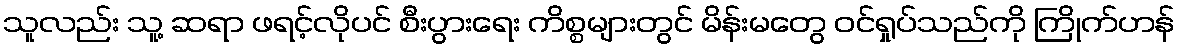
သူလည်း သူ့ ဆရာ ဖရင့်လိုပင် စီးပွားရေး ကိစ္စများတွင် မိန်းမတွေ ဝင်ရှုပ်သည်ကို ကြိုက်ဟန်